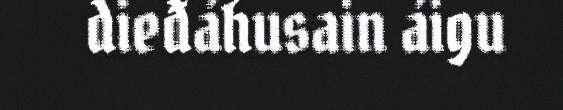
dieđáhusain áigu